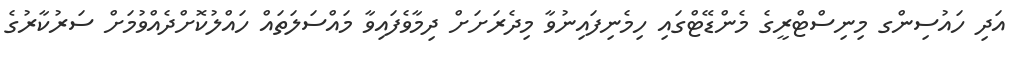
އަދި ހައުސިންގ މިނިސްޓްރީގެ މެންޑޭޓްގައި ހިމެނިފައިނުވާ މިދެރަށަށް ދިމާވެފައިވާ މައްސަލަތައް ހައްލުކޮށްދެއްވުމަށް ސަރުކާރުގެ